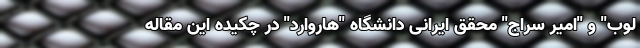
لوب" و "امیر سراج" محقق ایرانی دانشگاه "هاروارد" در چکیده این مقاله